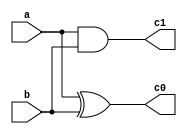
module a2(a,b,c0,c1);
	input a,b;
	output c0,c1;
	assign c0=a^b;
	assign c1=a&b;
endmodule